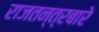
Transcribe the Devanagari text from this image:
राजतन्त्रबारे